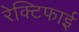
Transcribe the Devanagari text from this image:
रेक्टिफाई